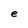
Character: e